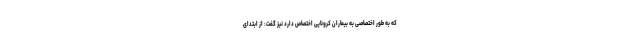
که به طور اختصاصی به بیماران کرونایی اختصاص دارد نیز گفت: از ابتدای